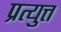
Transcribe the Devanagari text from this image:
प्रत्युत्त